Annual report of the Punjab Veterinary College and of the Civil Veterinary Department, Punjab - 1926-1932
Year: 1926
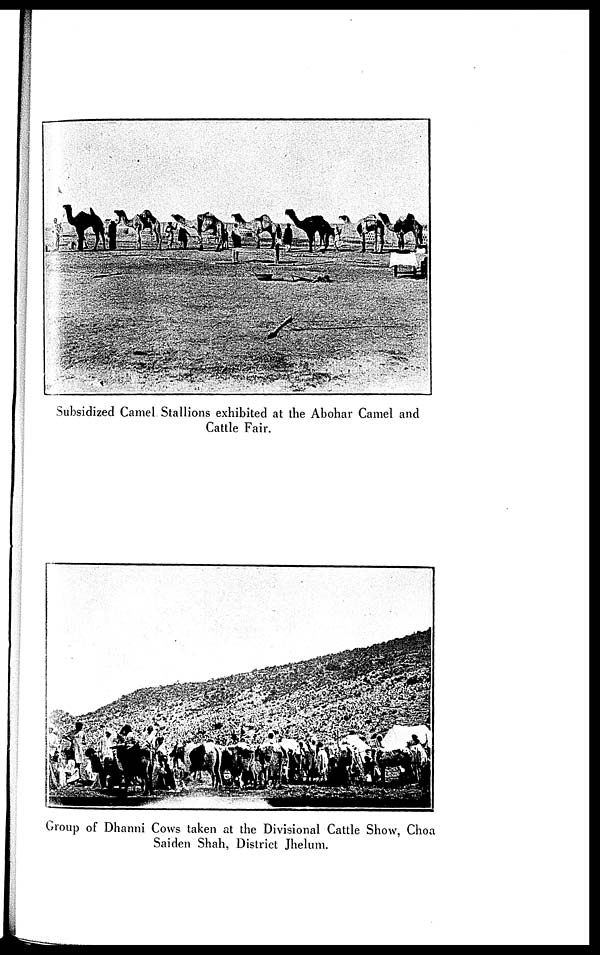
Subsidized Camel Stallions exhibited at the Abohar Camel and
Cattle Fair.
Group of Dhanni Cows taken at the Divisional Cattle Show, Choa
Saiden Shah, District Jhelum.